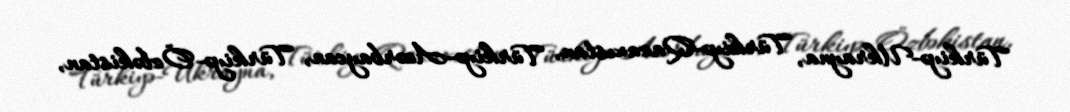
Türkiyə-Ukrayna, Türkiyə-Qazaxıstan, Türkiyə-Azərbaycan, Türkiyə-Özbəkistan,